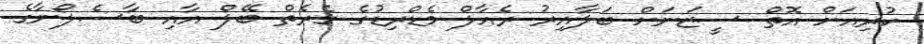
ކުރިއަށް އޮތް ސީޒަނަށް ބަލާއިރު ރެއާލް މެޑްރިޑުގެ ގެރެތް ބޭލް އާއި ބާސެލޯނާގެ